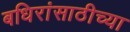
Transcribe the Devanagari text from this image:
बधिरांसाठीच्या